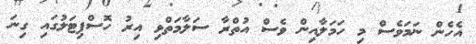
އެހެން ނަމަވެސް މި ހަމަލާއިން ވެސް އުތްރާ ސަލާމަތްވި އިރު ހޮސްޕިޓަލުުގައި ގިނަ